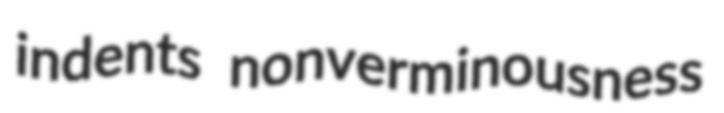
indents nonverminousness